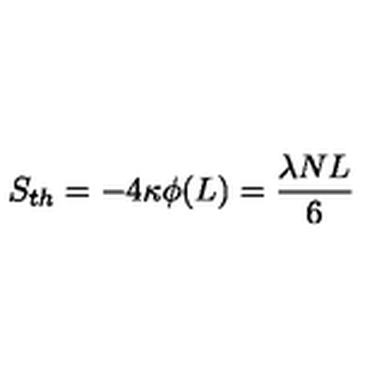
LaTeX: S _ { t h } = - 4 \kappa \phi ( L ) = { \frac { \lambda N L } { 6 } }